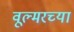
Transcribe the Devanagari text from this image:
वूल्मरच्या